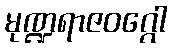
မုဏ္ဍရာဇဝဂ္ဂေါ